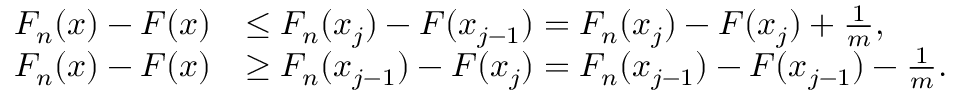
{ \begin{array} { r l } { F _ { n } ( x ) - F ( x ) } & { \leq F _ { n } ( x _ { j } ) - F ( x _ { j - 1 } ) = F _ { n } ( x _ { j } ) - F ( x _ { j } ) + { \frac { 1 } { m } } , } \\ { F _ { n } ( x ) - F ( x ) } & { \geq F _ { n } ( x _ { j - 1 } ) - F ( x _ { j } ) = F _ { n } ( x _ { j - 1 } ) - F ( x _ { j - 1 } ) - { \frac { 1 } { m } } . } \end{array} }